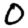
Digit: 0